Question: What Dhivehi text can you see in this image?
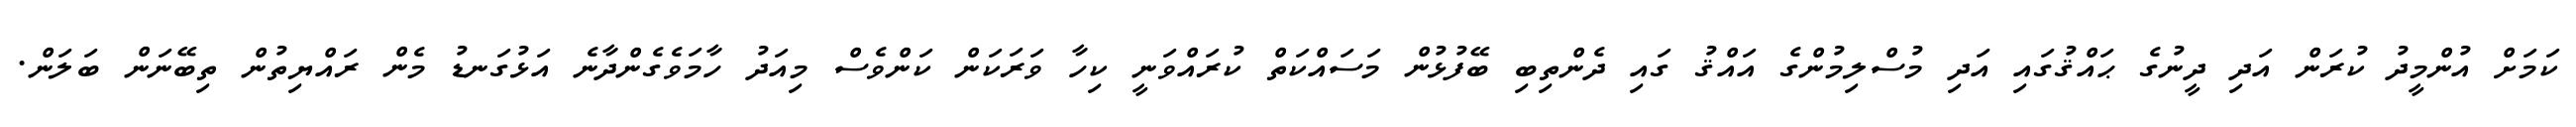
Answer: ކަމަށް އުންމީދު ކުރަން އަދި ދީނުގެ ޙައްޤުގައި އަދި މުސްލިމުންގެ އައްޤު ގައި ދެންތިބި ބޭފުޅުން މަސައްކަތް ކުރައްވަނީ ކިހާ ވަރަކަން ކަންވެސް މިއަދު ހާމަވެގެންދާނެ އަޅުގަނޑު މެން ރައްޔިތުން ތިބޭނަން ބަލަން.